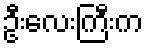
ဦးလေးကြီးက